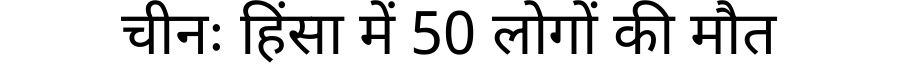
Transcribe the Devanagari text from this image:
चीनः हिंसा में 50 लोगों की मौत